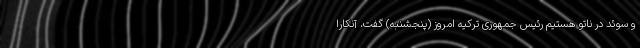
و سوئد در ناتو هستیم رئیس جمهوری ترکیه امروز (پنجشنبه) گفت، آنکارا